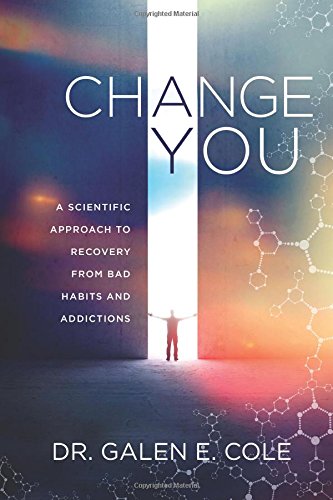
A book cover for Change You: A Scientific Approach to Recovery from Bad Habits and Addictions; Galen E Cole; Self-Help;